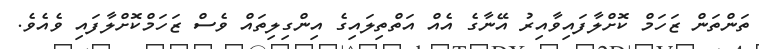
ތަންތަން ޒަހަމް ކޮށްލާފައިވާއިރު އޭނާގެ އެއް އަތްތިލައިގެ އިންގިލިތައް ވެސް ޒަހަމްކޮށްލާފައި ވެއެވެ.